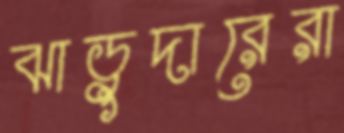
ঝাড়ুদারেরা